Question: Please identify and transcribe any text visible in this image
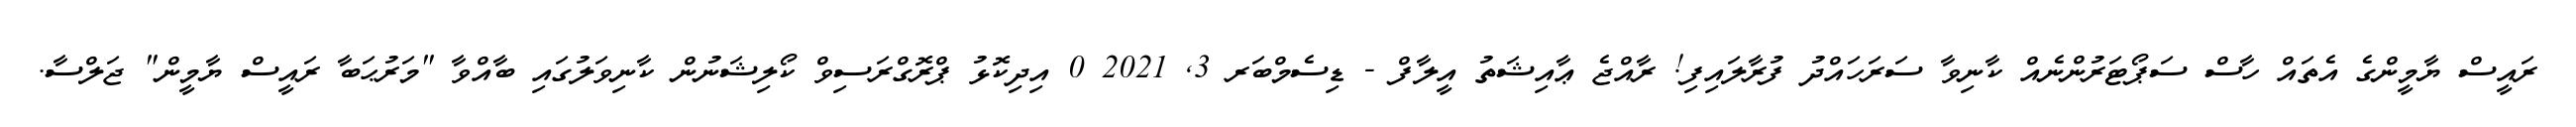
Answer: ރައީސް ޔާމީންގެ އެތައް ހާސް ސަޕޯޓަރުންނެއް ކާނިވާ ސަރަހައްދު ފުރާލައިފި! ރާއްޖެ ޢާއިޝަތު އީލާފް - ޑިސެމްބަރ 3, 2021 0 އިދިކޮޅު ޕްރޮގްރަސިވް ކޯލިޝަނުން ކާނިވަލުގައި ބާއްވާ "މަރުޙަބާ ރައީސް ޔާމީން" ޖަލްސާ.